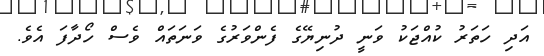
އަދި ހަތަރު ކުއްޖަކު ވަނީ ދުނިޔޭގެ ފެންވަރުގެ ވަނަތައް ވެސް ހޯދާފަ އެވެ.